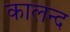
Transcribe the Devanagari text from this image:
कालन्द